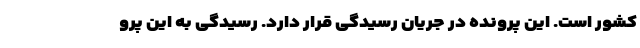
کشور است. این پرونده در جریان رسیدگی قرار دارد. رسیدگی به این پرو